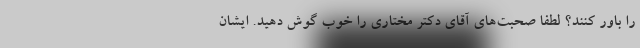
را باور کنند؟ لطفا صحبت‌های آقای دکتر مختاری را خوب گوش دهید. ایشان